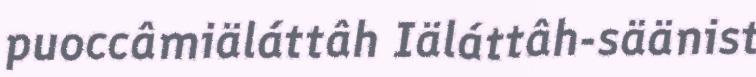
puoccâmiäláttâh Iäláttâh-säänist